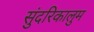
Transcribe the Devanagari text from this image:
सुंदरिकालुम